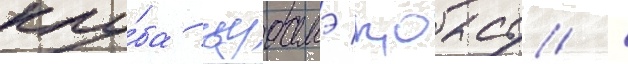
клу́ба цубамэ коасу /